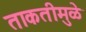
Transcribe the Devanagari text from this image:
ताकतीमुळे